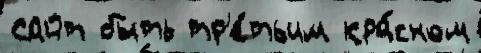
Сайт быть тр'е́тьим кра́сном